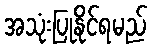
အသုံးပြုနိုင်ရမည်